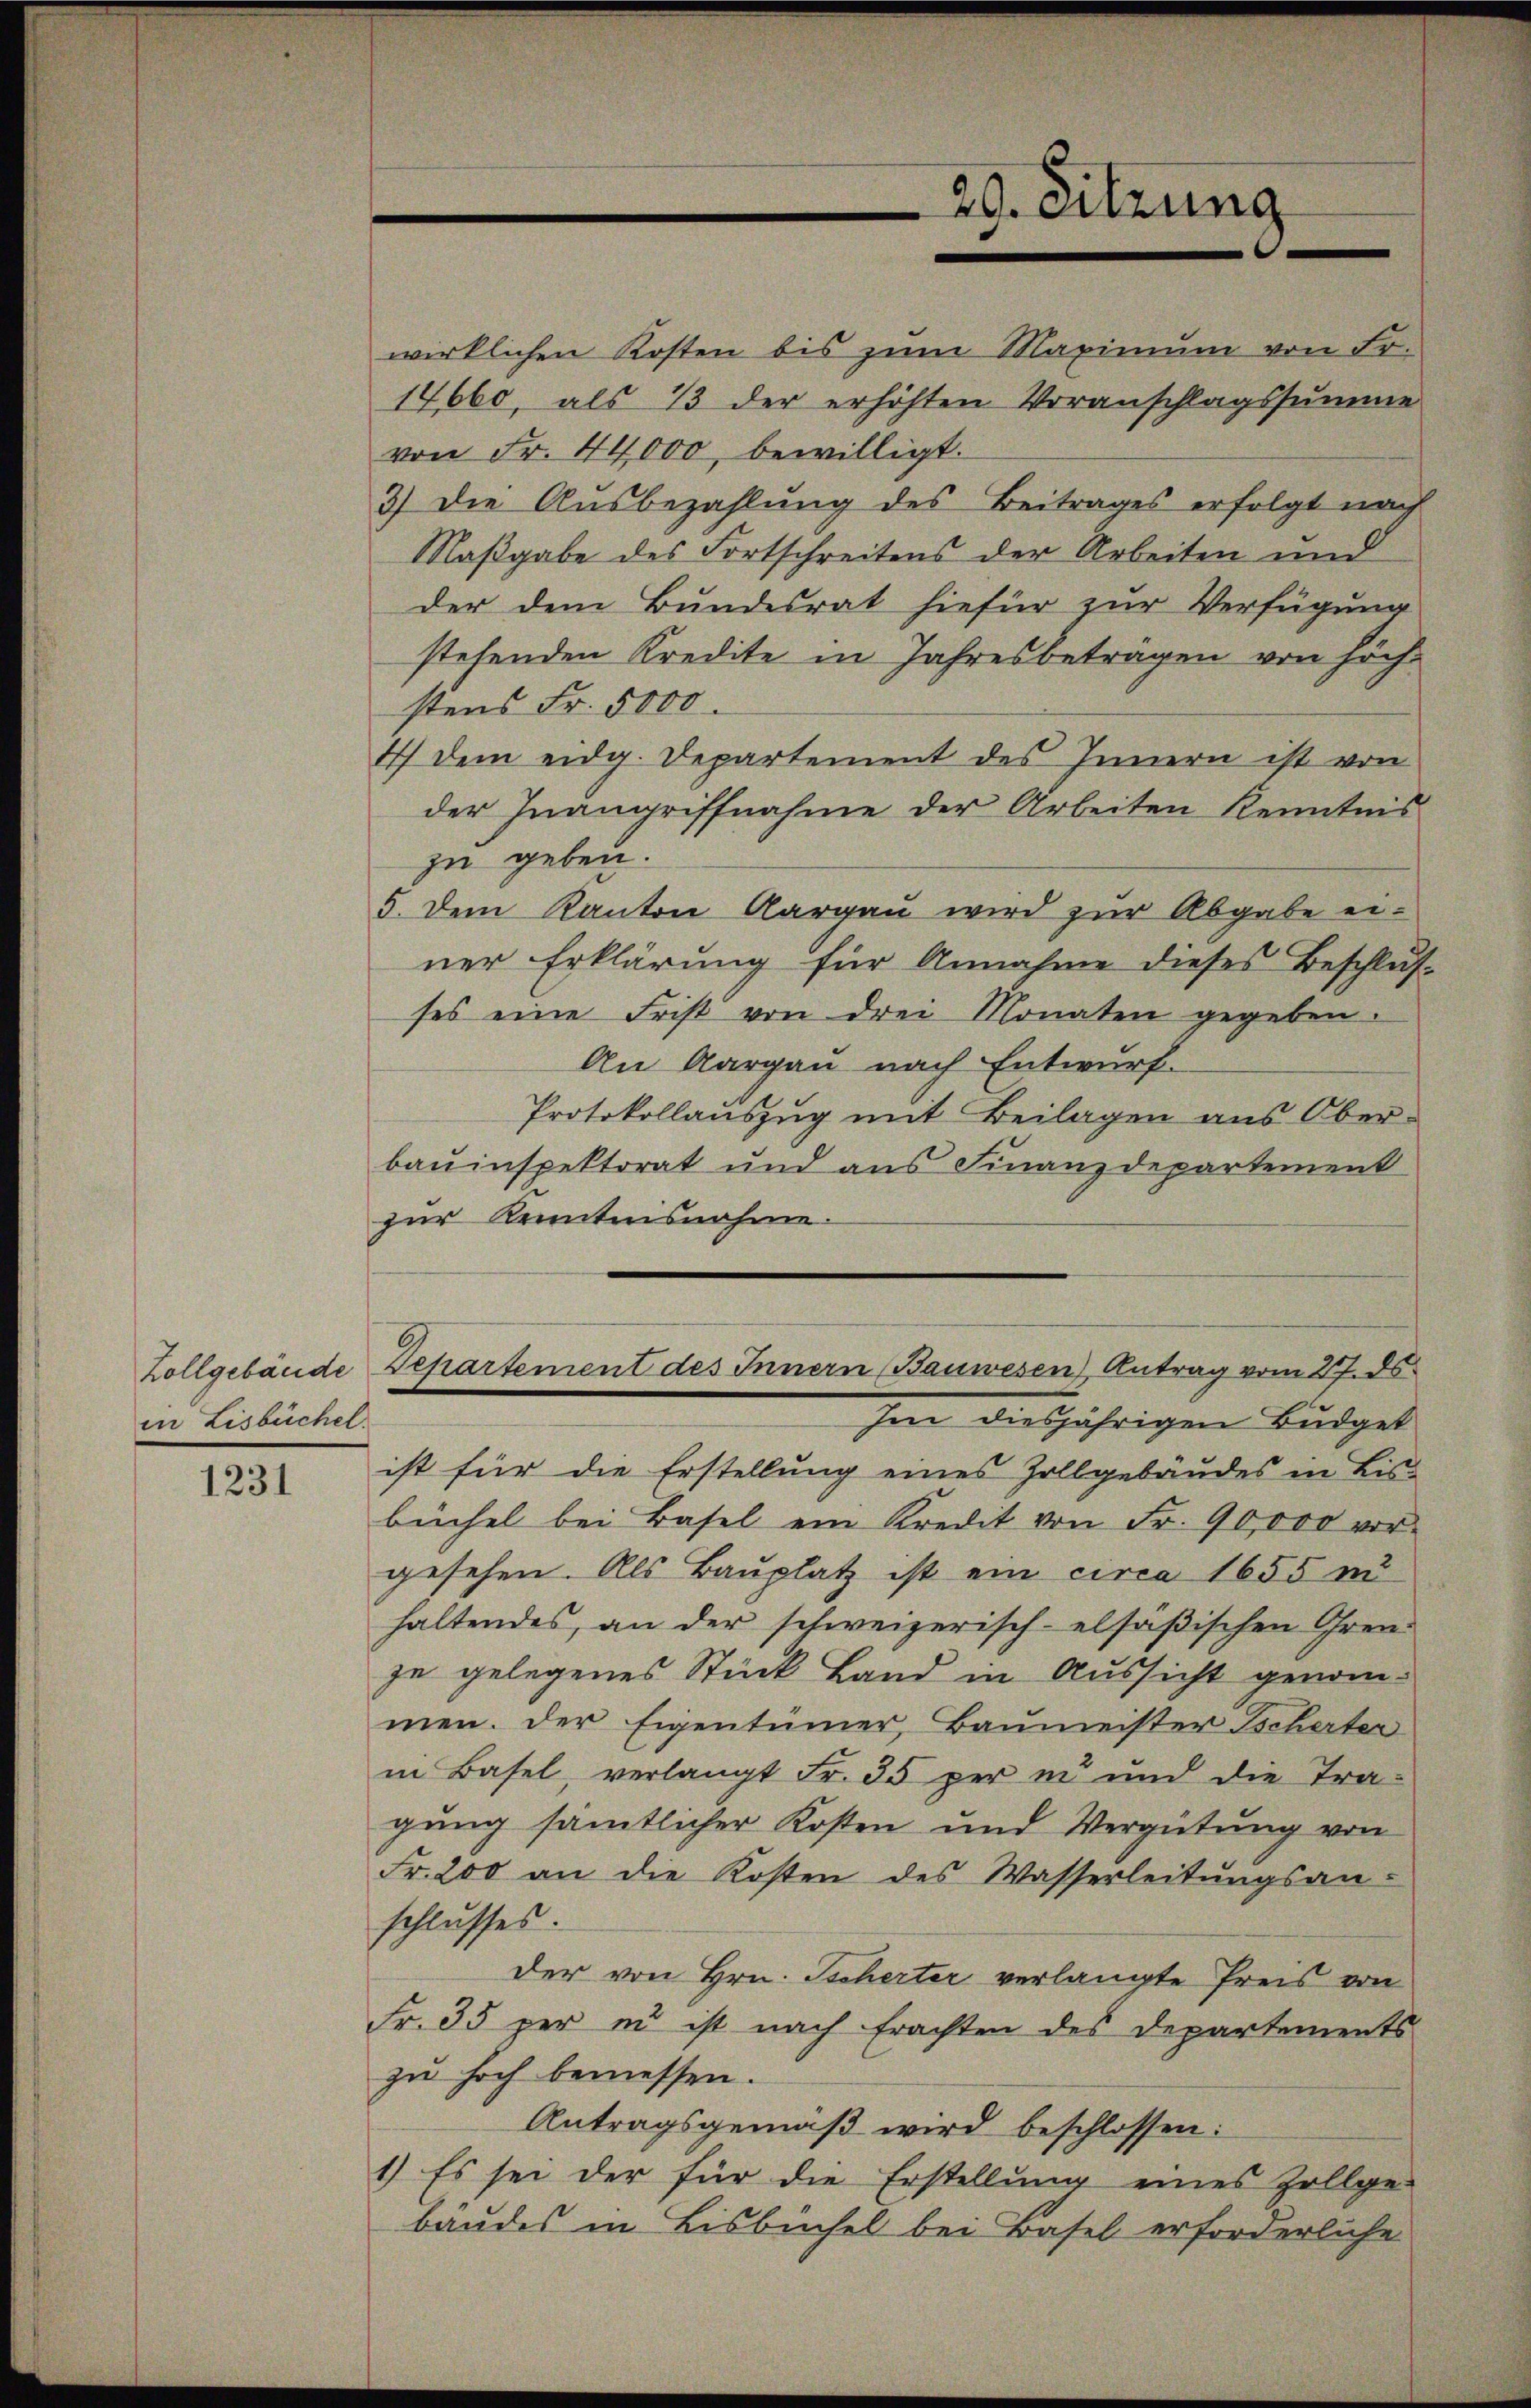
Zollgebäude
in Lisbüchel.

1231

wirklichen Kosten bis zum Maximum von Fr.
14660, als 13 der erhöhten Voranschlagssumme
von Fr. 44,000, bewilligt.
3) die Ausbezahlung des Beitrages erfolgt nach
Maßgabe des Fortschreitens der Arbeiten und
der dem Bundesrat hiefür zur Verfügung
stehenden Kredite in Jahresbeträgen von höchstens Fr. 5000.
1) dem eidg. Departement des Innern ist von
der Inangriffnahme der Arbeiten Kenntnis
zu geben.
5. Dem Kanton Aargau wird zur Abgabe einer Erklärung für Annahme dieses Beschlusses eine Frist von drei Monaten gegeben.
An Aargau nach Entwurf.
Protokollauszug mit Beilagen aus Ober-
bauinspektorat und aus Finanzdepartement
zur Kenntnisnahme.
Departement des Innern Bauwesen) Antrag vom 27. ds.
Im diesjährigen Büdget
ist für die Erstellung eines Zollgebäudes in Bis-
büchel bei Basel ein Kredit von Fr. 90,000 vor-
gesehen. Als Bauplatz ist ein circa 1655 mi
haltendes, an der schweizerisch-elsäβischen Ohren-
ze gelegenes Stück Land in Aussicht genommen. Der Eigentümer, Baumeister Tscherter
in Basel, verlangt Fr. 35 per in und die Tra-
gung sämtlicher Kosten und Vergütung von
Fr. 200 an die Kosten des Wasserleitŭngsan-
schlusses.
der von Hrn. Tscherter verlangte Preis von
Fr. 35 per in ist nach Erachten des Departements
zu hoch bemessen.
Antragsgemäβ wird beschlossen:
1.) Es sei der für die Erstellung eines Zollge-
bäudes in Bisbuchel bei Basel erforderliche

29. Sitzung